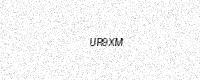
Text: UR9XM